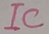
Text: IC